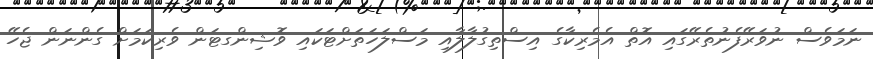
ނަމަވެސް ނުވަރޭފެނުތެރޭގައި އޮތް އެމެރިކާގެ އިސްތިގުލާލާއި މަސްލަހަތަށްޓަކައި ވޮޝިންގޓަން ވެރިކަމަށް ގެންނަން ޖެހޭ